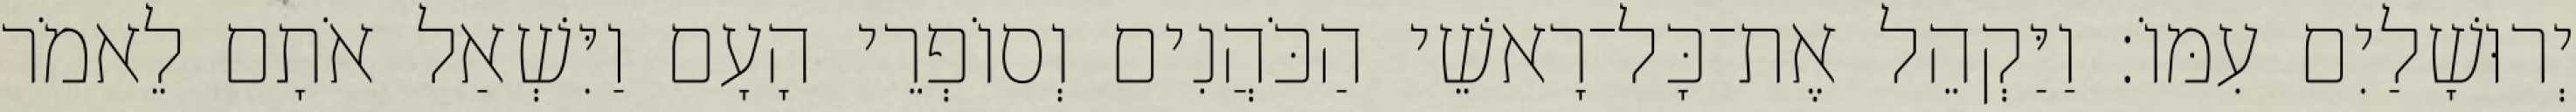
יְרוּשָׁלַיִם עִמּוֹ׃ וַיַּקְהֵל אֶת־כָּל־רָאשֵׁי הַכֹּהֲנִים וְסוֹפְרֵי הָעָם וַיִּשְׁאַל אֹתָם לֵאמֹר